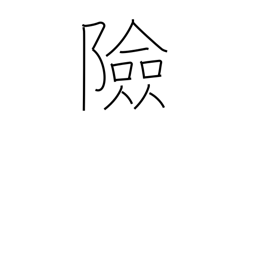
Meaning: impregnable position